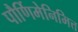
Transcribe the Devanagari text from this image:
पौर्णिमेनिमित्त